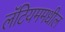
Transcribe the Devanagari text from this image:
लॅटियममधील